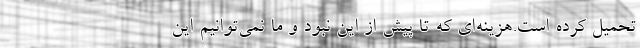
تحمیل کرده است.هزینه‌ای که تا پیش از این نبود و ما نمی‌توانیم این